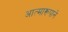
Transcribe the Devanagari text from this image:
आत्मारूपाने